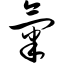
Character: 气